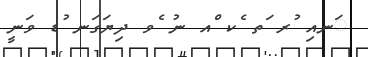
ަނއި ުރ ަތ ެކ ްއ ނު ެވ ދިޔަގަނ ުޑ ވަނީ